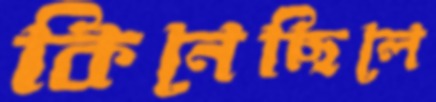
কিনেছিলে